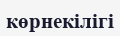
көрнекілігі